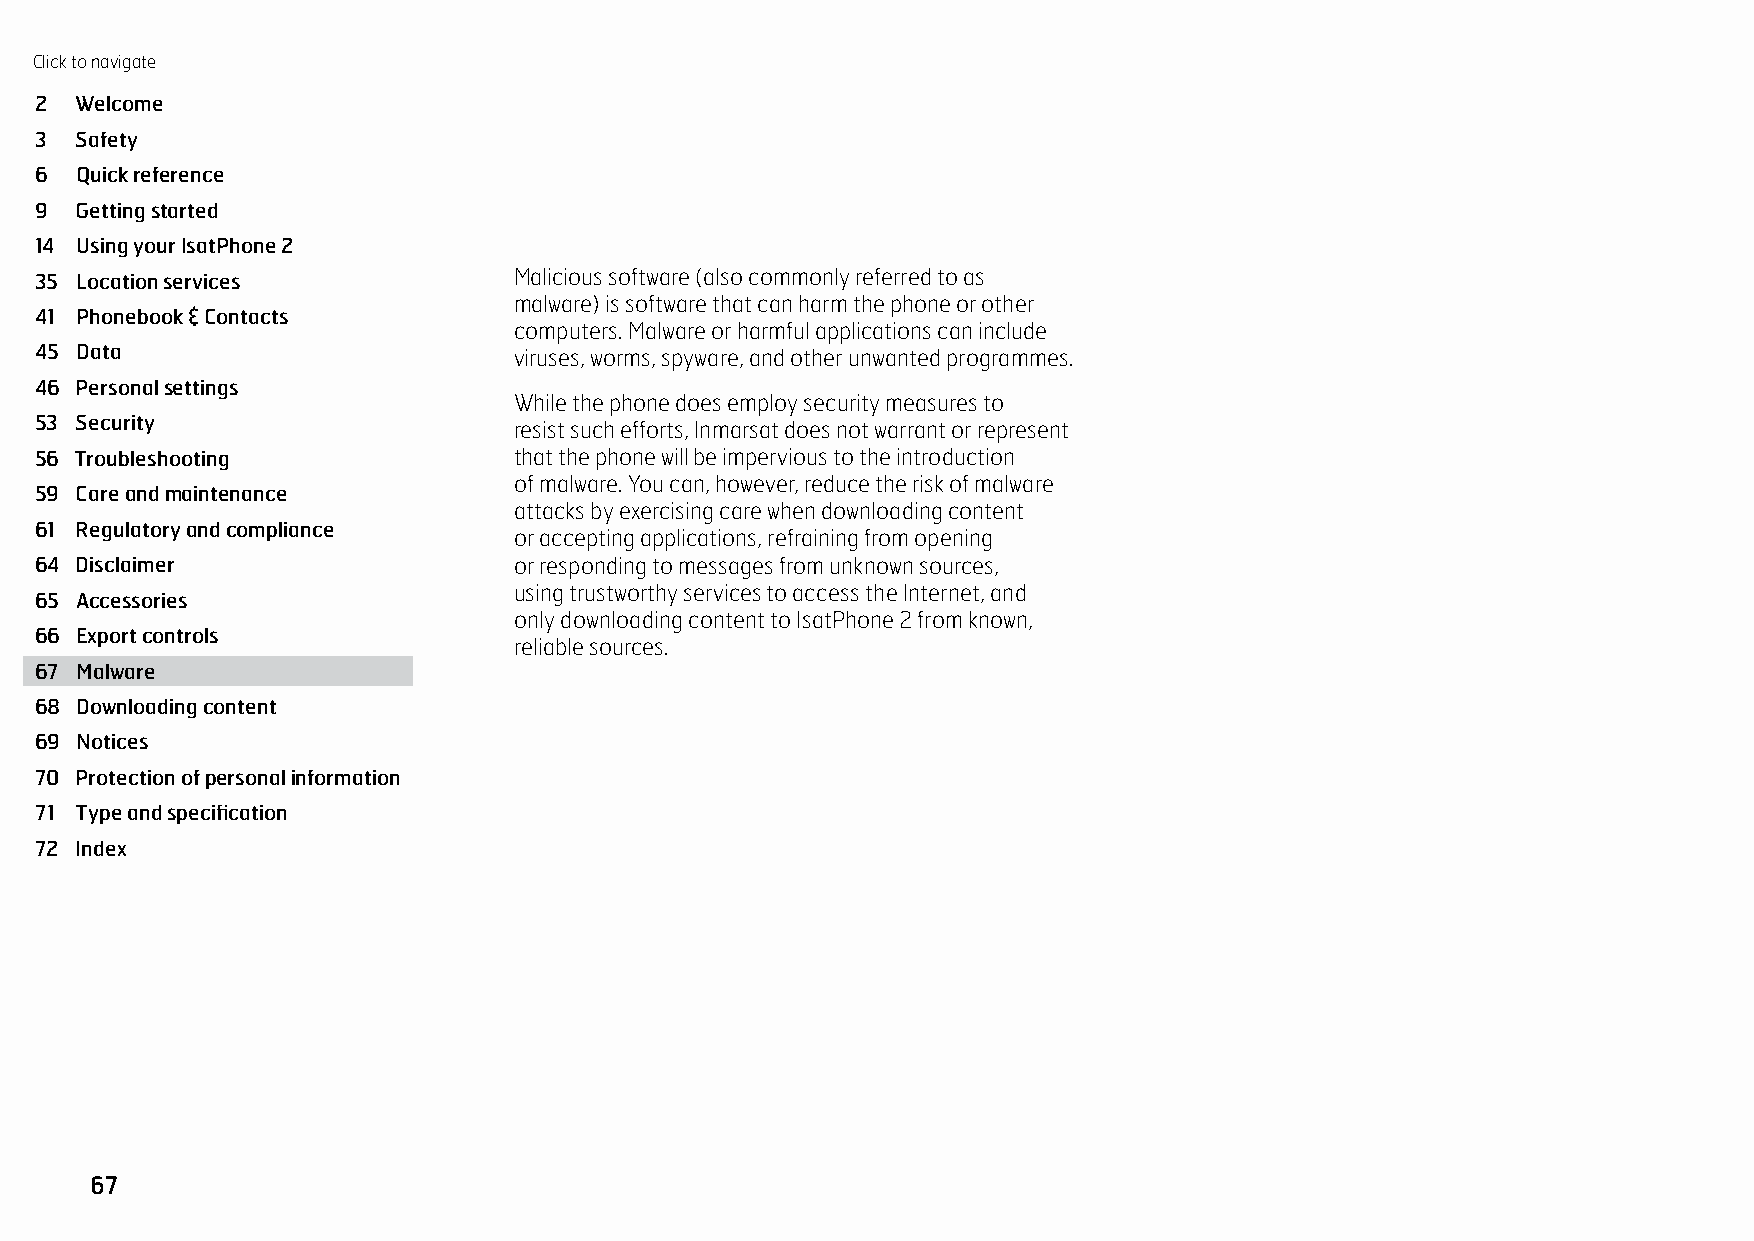
Click to navigate
 MALWARE
 2  Welcome
 3  Safety
 6  Quick reference
 9  Getting started
 14 Using your IsatPhone 2
 35 Location services            Malicious software (also commonly referred to as
 malware) is software that can harm the phone or other
 41 Phonebook & Contacts
 computers. Malware or harmful applications can include
 45 Data                         viruses, worms, spyware, and other unwanted programmes.
 46 Personal settings
 While the phone does employ security measures to
 53 Security                     resist such efforts, Inmarsat does not warrant or represent
 56 Troubleshooting              that the phone will be impervious to the introduction
 of malware. You can, however, reduce the risk of malware
 59 Care and maintenance
 attacks by exercising care when downloading content
 61 Regulatory and compliance
 or accepting applications, refraining from opening
 64 Disclaimer                   or responding to messages from unknown sources,
 using trustworthy services to access the Internet, and
 65 Accessories
 only downloading content to IsatPhone 2 from known,
 66 Export controls
 reliable sources.
 67 Malware
 68 Downloading content
 69 Notices
 70 Protection of personal information
 71 Type and specification
 72 Index
 67